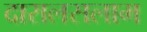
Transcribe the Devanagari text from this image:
दारालसलाम